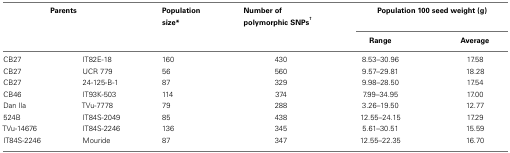
| <COLSPAN=2> Parents | Population size* | Number of polymorphic SNPs† | <COLSPAN=2> Population 100 seed weight (g) |
 |  |  |  |  | Range | Average |
 | --- | --- | --- | --- | --- | --- |
 | CB27 | IT82E-18 | 160 | 430 | 8.53–30.96 | 17.58 |
 | CB27 | UCR 779 | 56 | 560 | 9.57–29.81 | 18.28 |
 | CB27 | 24-125-B-1 | 87 | 329 | 9.98–28.50 | 17.54 |
 | CB46 | IT93K-503 | 114 | 374 | 7.99–34.95 | 17.00 |
 | Dan Ila | TVu-7778 | 79 | 288 | 3.26–19.50 | 12.77 |
 | 524B | IT84S-2049 | 85 | 438 | 12.55–24.15 | 17.29 |
 | TVu-14676 | IT84S-2246 | 136 | 345 | 5.61–30.51 | 15.59 |
 | IT84S-2246 | Mouride | 87 | 347 | 12.55–22.35 | 16.70 |